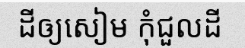
ដីឲ្យសៀម កុំជួលដី